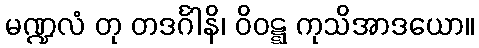
မဏ္ဍလံ တု တဒင်္ဂါနိ၊ ဝိဝဋ္ဋ ကုသိအာဒယော။